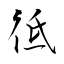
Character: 彽